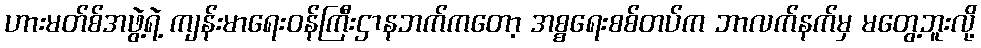
ဟားမတ်စ်အဖွဲ့ရဲ့ ကျန်းမာရေးဝန်ကြီးဌာနဘက်ကတော့ အစ္စရေးစစ်တပ်က ဘာလက်နက်မှ မတွေ့ဘူးလို့